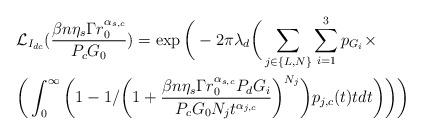
LaTeX: \begin{align*}&\mathcal{L}_{I_{dc}}(\frac{\beta n \eta_s \Gamma r_0^{\alpha_{s,c}}}{P_{c}G_0})=\exp\bigg(-2\pi\lambda_d \bigg (\sum_{j \in \{L,N\}} \sum_{i=1}^3 p_{G_i} \times \\&\bigg(\int_0^{\infty}\bigg(1-1/\bigg(1+\frac{\beta n \eta_s \Gamma r_0^{\alpha_{s,c}}P_d G_i}{P_c G_0N_j t^{\alpha_{j,c}}}\bigg)^{N_j}\bigg)p_{j,c}(t)tdt\bigg)\bigg)\bigg)\end{align*}